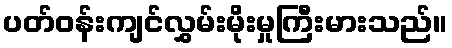
ပတ်ဝန်းကျင်လွှမ်းမိုးမှုကြီးမားသည်။